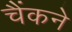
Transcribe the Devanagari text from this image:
चैंकने